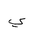
Letter: _ya